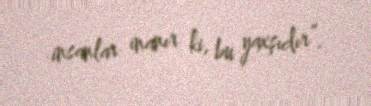
insanlar inanır ki, bu yaxşıdır”.